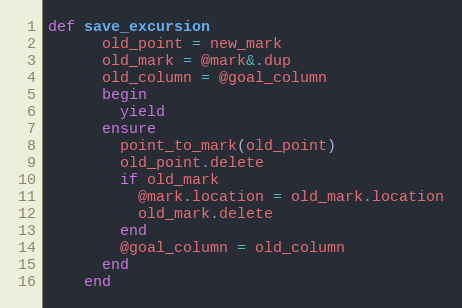
Language: Ruby
def save_excursion
      old_point = new_mark
      old_mark = @mark&.dup
      old_column = @goal_column
      begin
        yield
      ensure
        point_to_mark(old_point)
        old_point.delete
        if old_mark
          @mark.location = old_mark.location
          old_mark.delete
        end
        @goal_column = old_column
      end
    end